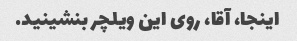
اینجا، آقا، روی این ویلچر بنشینید.